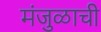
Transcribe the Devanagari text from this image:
मंजुळाची